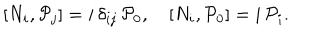
\left[ N _ { i } , { \cal P } _ { j } \right] = i \, \delta _ { i j } \, { \cal P } _ { 0 } , \quad \left[ N _ { i } , { \cal P } _ { 0 } \right] = i \, { \cal P } _ { i } .